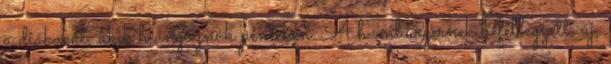
a diákokat, akik hiányoznak pénteken. A hamburgernek befellegzett, új,